Lunatic asylums Madras 1892-1911 - 1892-1911
Year: 1892
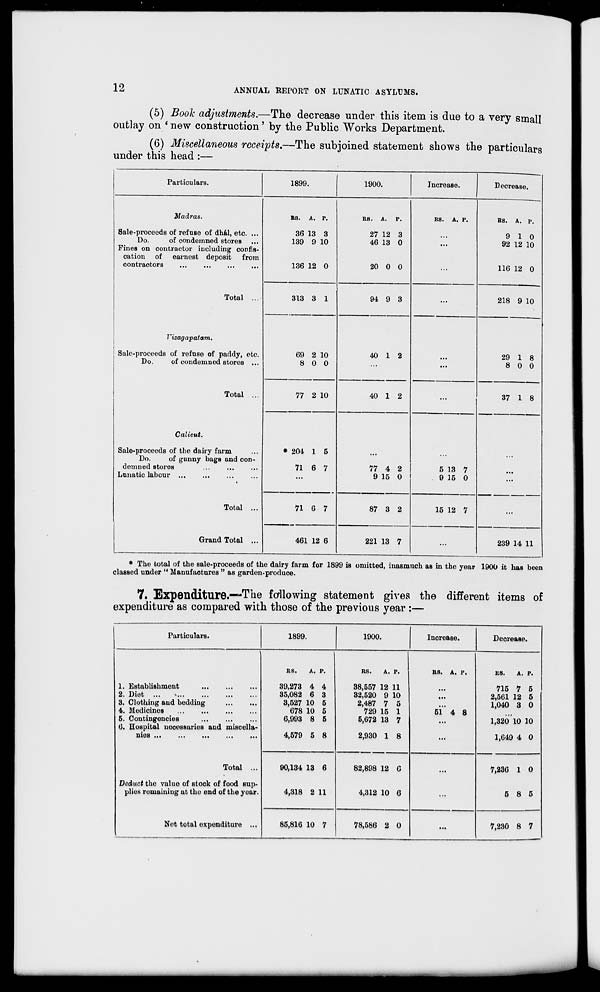
12
ANNUAL REPORT ON LUNATIC ASYLUMS.
(5) Booh adjustments.—The decrease under this item is due to a very small
outlay on ' new construction' by the Public Works Department.
(G) Miscellaneous receipts.—The subjoined statement shows the particulars
under this head :—
Particulars.
1899.
1900.
Increase.
Decrease.
Madras.
Sale-proceeds of refuse of dhal, etc. ...
Do.
of condemned storeB
Fines on contractor including confis-
cation of earnest deposit from
contractors
Total ...
Vizagapatam.
Sale-proceeds of refuse of paddy, etc.
Do.
of condemned stores ...
Total ...
Calicut.
Sale-proceeds of the dairy farm
Do.
of gunny bags and con-
demned stores
Lunatic labour ...
Total ...
Grand Total ...
RS. A. P.
36 13 3
139 9 10
136 12 0
RS. A.
P.
27 12 3
46 13 0
20 0 0
RS. A. P.
Rs. A. p.
9 10
92 12 10
116 12 0
313 3 1
94 9 3
...
218 9 10
69 2 10
8 0 0
40 1 2
...
29 1 8
8 0 0
77 2 10
40 1 2
...
37 1 8
* 201 1 5
71 6 7
77 4 2
9 15 0
5 13 7
9 15 0
...
71 6 7
87 3 2
15 12 7
...
461 12 6
221 13 7
...
239 14 11
* The total of the sale-proceeds of the dairy farm for 1899 is omitted, inasmuch an in the year 1900 it has been
classed under " Manufactures " as garden-produce.
7. Expenditure.—The following statement gives the different items of
expenditure as compared with those of the previous year :—
Particulars.
1899.
1900.
Increase.
Deorease.
1. Establishment
2. Diet ...
3. Clothing and bedding
4. Medicines
5. Contingencies
6. Hospital necessaries and miscella-
U10S •••
•»«
III
*•*
•••
Total ...
Deduct tho valuo of stock of food sup-
plies remaining at the end of the year.
Net total expenditure ...
RS.
A. P.
39,273 4 4
35,082 6 3
3,527 10 5
678 10 5
6,993 8 5
4,579 5 8
RS.
A. P.
38,557 12 11
32,520 9 10
2,487 7 5
729 15 1
5,672 13 7
2,930 1 8
RS. A. P.
51 4 8
RS.
A. P.
715 7 5
2,561 12 5
1,040 3 0
1,320 10 10
1,649 4 0
90,134 13 6
4,318 2 11
82,898 12 C
4,312 10 6
...
7,236 1 0
5 8 5
85,816 10 7
78,586 2 0
...
7,230 8 7